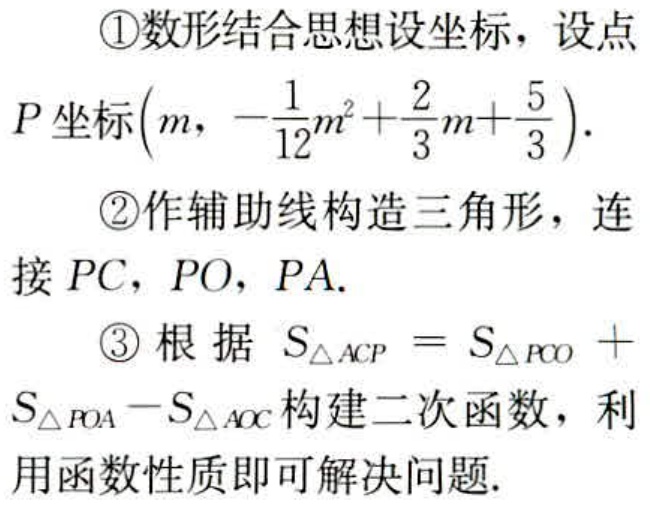
\textcircled{1}数形结合思想设坐标，设点
\(P\)坐标\(\left(m,-\frac{1}{12}m^{2}+\frac{2}{3}m+\frac{5}{3}\right)\).
\textcircled{2}作辅助线构造三角形，连
接 \(PC\)，\(PO\)，\(PA\).
\textcircled{3}根据 \(S_{\triangle ACP}=S_{\triangle PCO}+S_{\triangle POA}-S_{\triangle AOC}\) 构建二次函数，利
用函数性质即可解决问题.